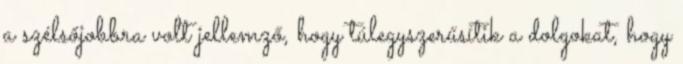
a szélsőjobbra volt jellemző, hogy túlegyszerűsítik a dolgokat, hogy